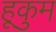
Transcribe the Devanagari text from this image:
हूकुम